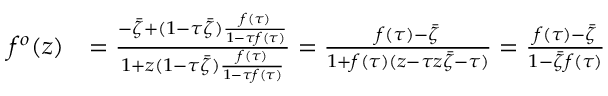
\begin{array} { r l } { f ^ { o } ( z ) } & { = \frac { - \bar { \zeta } + ( 1 - \tau \bar { \zeta } ) \frac { f ( \tau ) } { 1 - \tau f ( \tau ) } } { 1 + z ( 1 - \tau \bar { \zeta } ) \frac { f ( \tau ) } { 1 - \tau f ( \tau ) } } = \frac { f ( \tau ) - \bar { \zeta } } { 1 + f ( \tau ) ( z - \tau z \bar { \zeta } - \tau ) } = \frac { f ( \tau ) - \bar { \zeta } } { 1 - \bar { \zeta } f ( \tau ) } } \end{array}